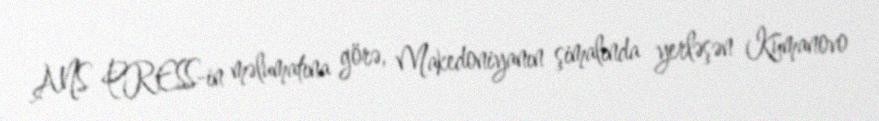
ANS PRESS-in məlumatına görə, Makedoniyanın şimalında yerləşən Kumanovo